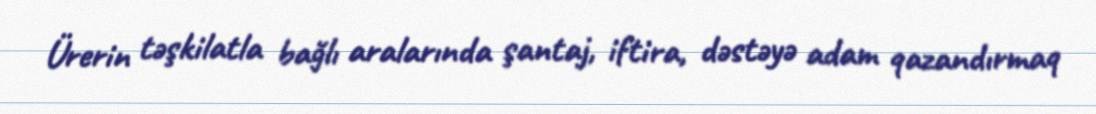
Ürerin təşkilatla bağlı aralarında şantaj, iftira, dəstəyə adam qazandırmaq